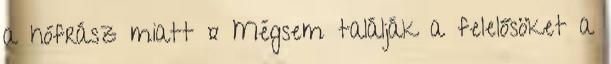
a hófrász miatt ¤ Mégsem találják a felelősöket a